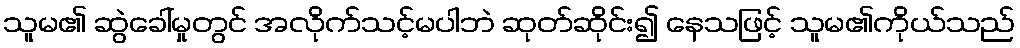
သူမ၏ ဆွဲခေါ်မှုတွင် အလိုက်သင့်မပါဘဲ ဆုတ်ဆိုင်း၍ နေသဖြင့် သူမ၏ကိုယ်သည်